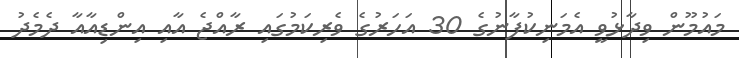
މައުމޫން ވިދާޅުވީ އެމަނިކުފާނުގެ 30 އަހަރުގެ ވެރިކަމުގައި ރާއްޖެ އާއި އިންޑިއާއާ ދެމެދު